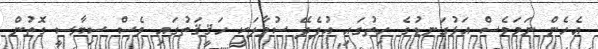
އެހެން ނަމަވެސް އަޅުގަނޑުގެ ހިތުގައި އުފެދޭ ސުވާލަކީ ހަޤީޤަތުގައި ވެސް ސިޔާސީ ގޮތުން